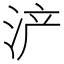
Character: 浐